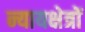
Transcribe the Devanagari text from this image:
न्यायक्षेत्रों